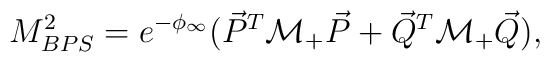
M^2_{BPS}=e^{-\phi_{\infty}}(\vec{P}^T{\cal M}_{+}\vec{P} + \vec{Q}^T{\cal M}_{+}\vec{Q}),